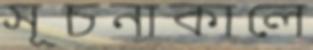
সূচনাকালে